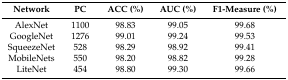
| Network | PC | ACC (%) | AUC (%) | F1-Measure (%) |
 | --- | --- | --- | --- | --- |
 | AlexNet | 1100 | 98.83 | 99.05 | 99.68 |
 | GoogleNet | 1276 | 99.01 | 99.24 | 99.53 |
 | SqueezeNet | 528 | 98.29 | 98.92 | 99.41 |
 | MobileNets | 550 | 98.20 | 98.82 | 99.28 |
 | LiteNet | 454 | 98.80 | 99.30 | 99.66 |